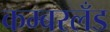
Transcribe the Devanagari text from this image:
कम्बरलँड